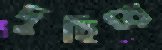
দুহিয়ে